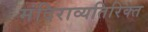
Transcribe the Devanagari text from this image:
मंदिराव्यतिरिक्त